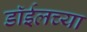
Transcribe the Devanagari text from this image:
डाॅईलच्या